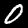
Label: 0